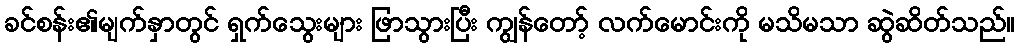
ခင်စန်း၏မျက်နှာတွင် ရှက်သွေးများ ဖြာသွားပြီး ကျွန်တော့် လက်မောင်းကို မသိမသာ ဆွဲဆိတ်သည်။